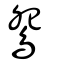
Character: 鴛